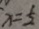
x = \frac { 1 } { 2 }